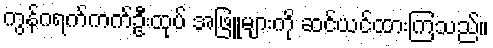
ကွန်ဂရက်ကက်ဦးထုပ် အဖြူများကို ဆင်ယင်ထားကြသည်။